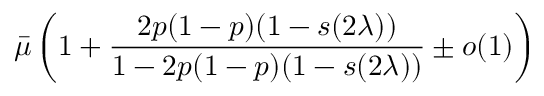
\bar { \mu } \left( 1 + \frac { 2 p ( 1 - p ) ( 1 - { s ( 2 \lambda ) } ) } { 1 - 2 p ( 1 - p ) ( 1 - { s ( 2 \lambda ) } ) } \pm o ( 1 ) \right)